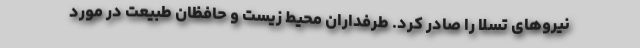
نیروهای تسلا را صادر کرد. طرفداران محیط زیست و حافظان طبیعت در مورد